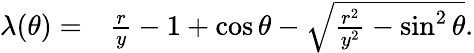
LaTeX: \begin{array}{rl}{\lambda(\theta)=}&{{}\frac{r}{y}-1+\cos\theta-\sqrt{\frac{r^{2}}{y^{2}}-\sin^{2}\theta}.}\end{array}